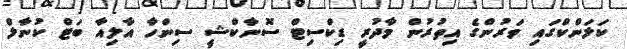
ކަލަންކްގައި ވަރުންގެ އިތުރުން މާދުރީ ޑިކްސިޓް ސޮނާކްޝީ ސިންހާ އާލިއާ ބަޓް ކުނާލް